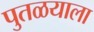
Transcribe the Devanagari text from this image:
पुतळयाला